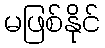
မဖြစ်နိုင်